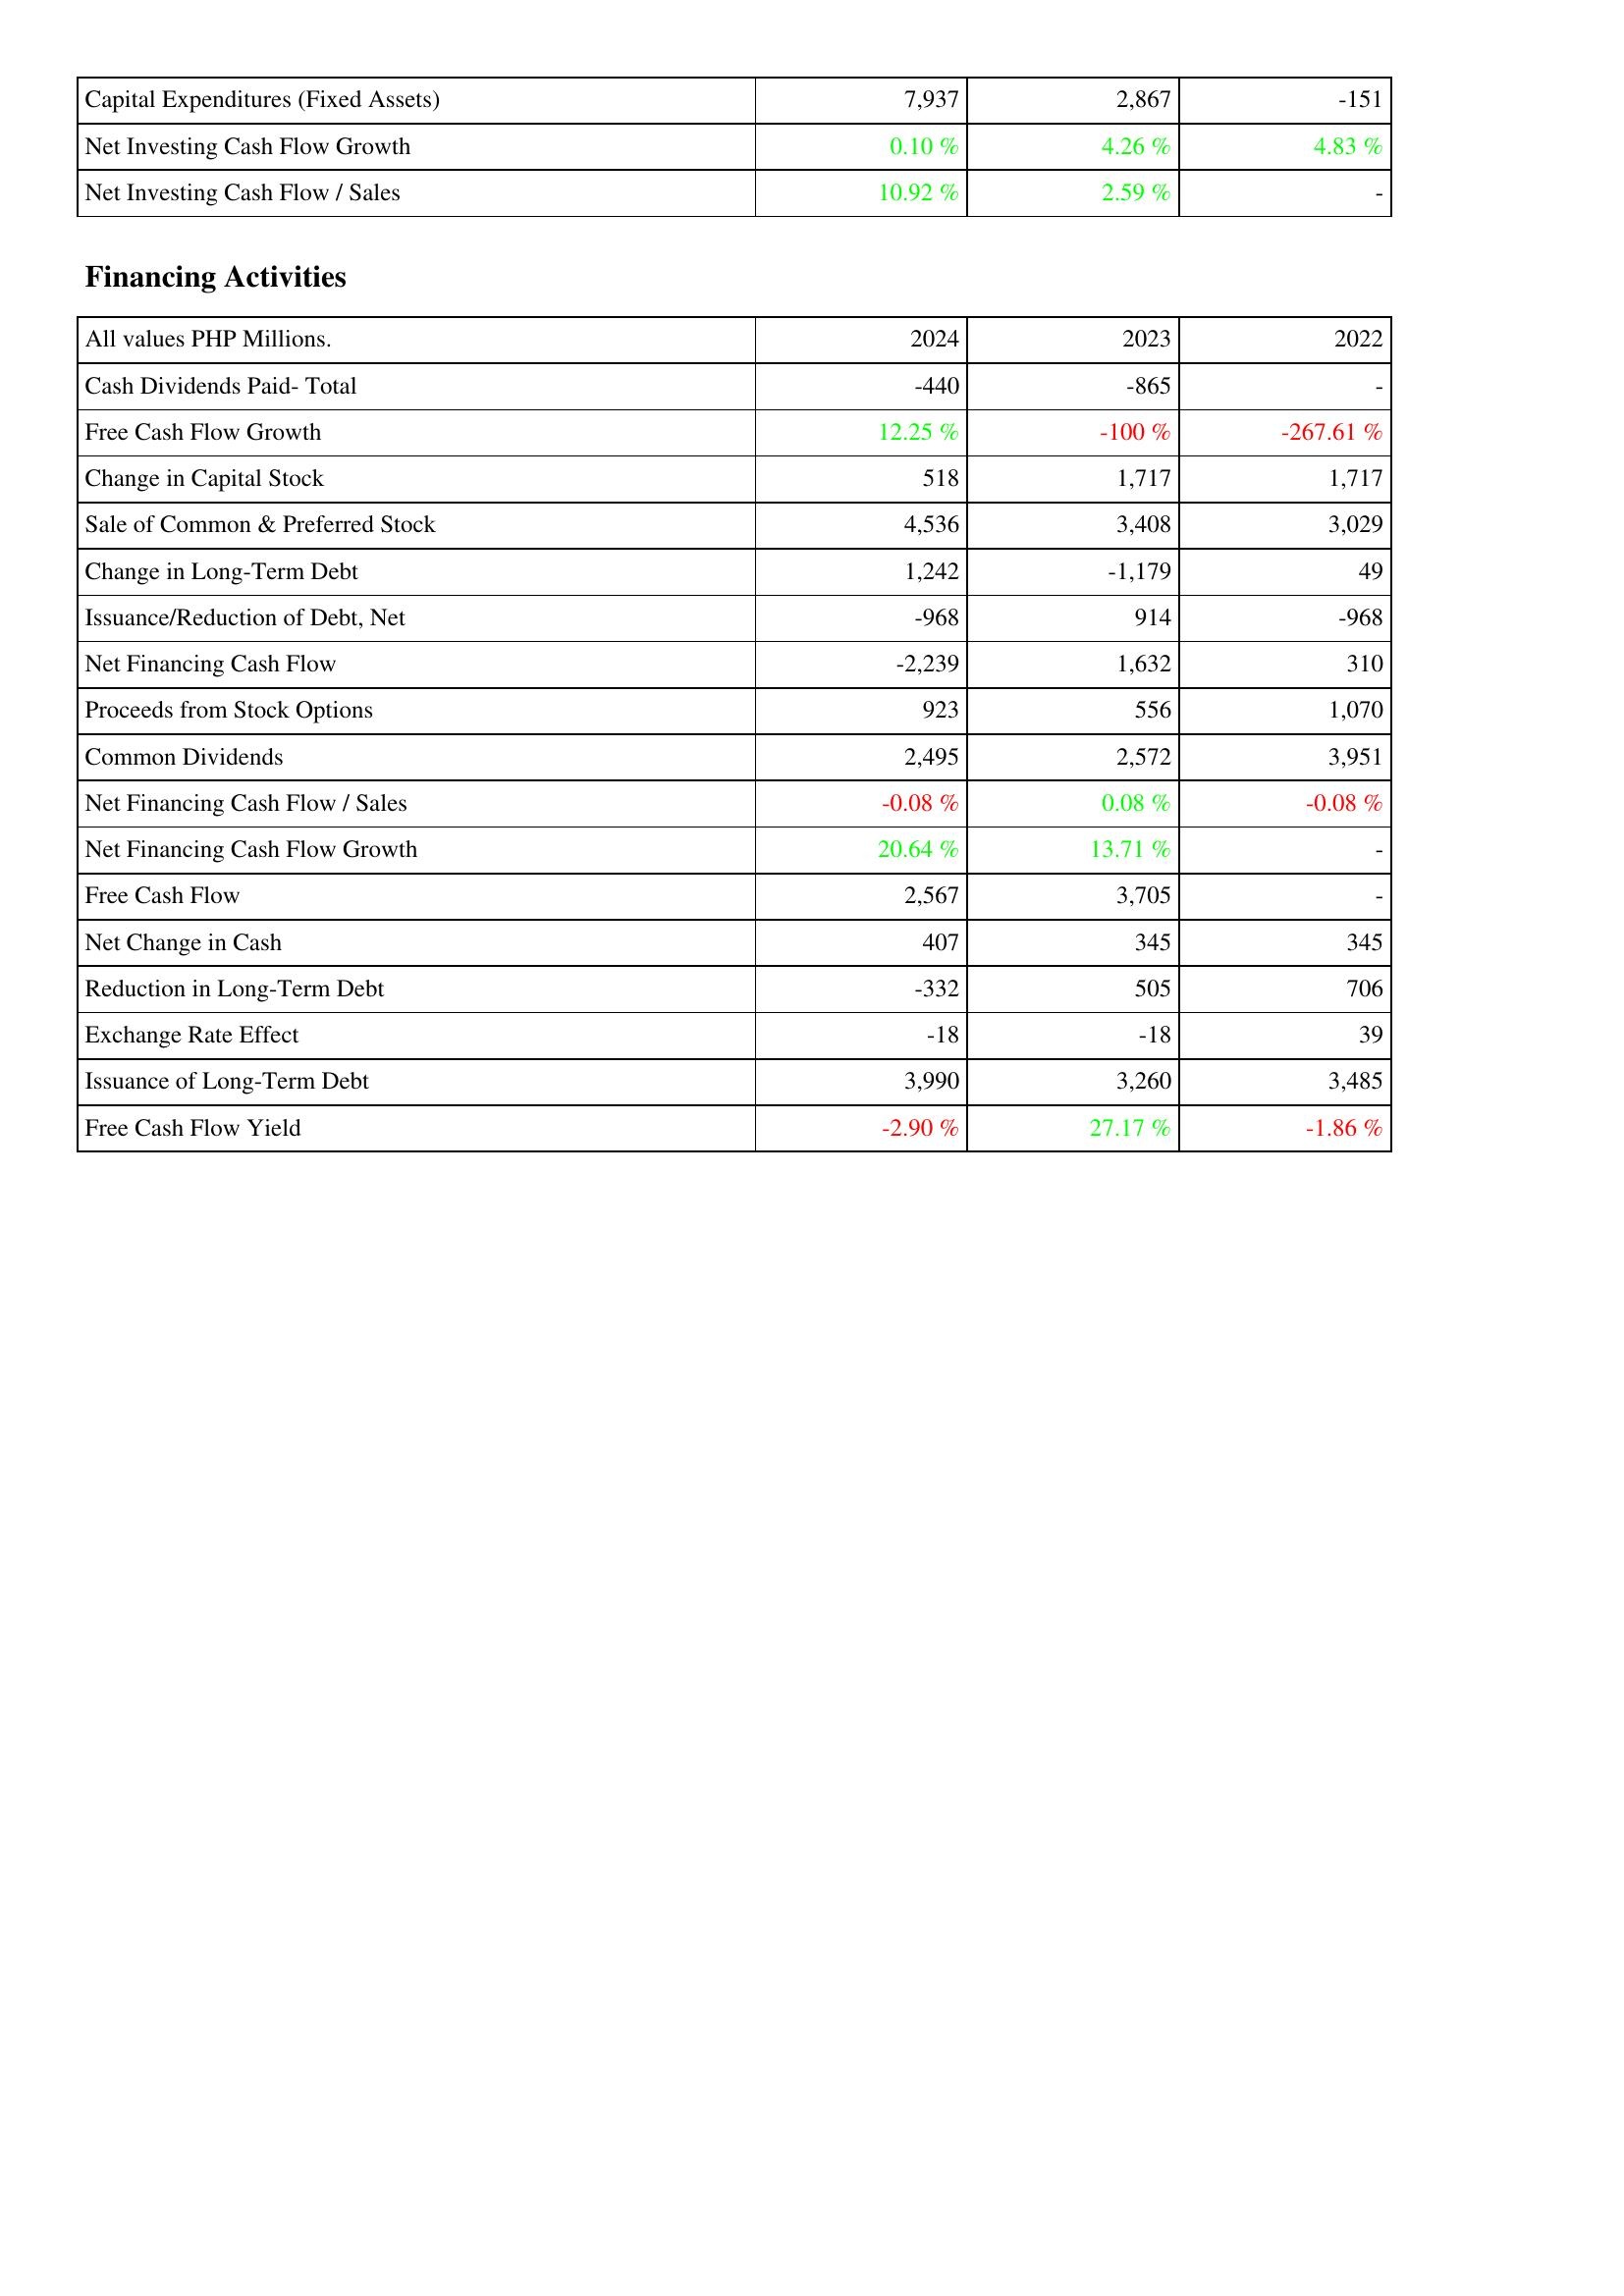
2024: Investing Activities: Capital Expenditures (Fixed Assets): 7,937
Net Investing Cash Flow Growth: 0.10 %
Net Investing Cash Flow / Sales: 10.92 %
Financing Activities: Cash Dividends Paid- Total: -440
Free Cash Flow Growth: 12.25 %
Change in Capital Stock: 518
Sale of Common & Preferred Stock: 4,536
Change in Long-Term Debt: 1,242
Issuance/Reduction of Debt, Net: -968
Net Financing Cash Flow: -2,239
Proceeds from Stock Options: 923
Common Dividends: 2,495
Net Financing Cash Flow / Sales: -0.08 %
Net Financing Cash Flow Growth: 20.64 %
Free Cash Flow: 2,567
Net Change in Cash: 407
Reduction in Long-Term Debt: -332
Exchange Rate Effect: -18
Issuance of Long-Term Debt: 3,990
Free Cash Flow Yield: -2.90 %
2023: Investing Activities: Capital Expenditures (Fixed Assets): 2,867
Net Investing Cash Flow Growth: 4.26 %
Net Investing Cash Flow / Sales: 2.59 %
Financing Activities: Cash Dividends Paid- Total: -865
Free Cash Flow Growth: -100 %
Change in Capital Stock: 1,717
Sale of Common & Preferred Stock: 3,408
Change in Long-Term Debt: -1,179
Issuance/Reduction of Debt, Net: 914
Net Financing Cash Flow: 1,632
Proceeds from Stock Options: 556
Common Dividends: 2,572
Net Financing Cash Flow / Sales: 0.08 %
Net Financing Cash Flow Growth: 13.71 %
Free Cash Flow: 3,705
Net Change in Cash: 345
Reduction in Long-Term Debt: 505
Exchange Rate Effect: -18
Issuance of Long-Term Debt: 3,260
Free Cash Flow Yield: 27.17 %
2022: Investing Activities: Capital Expenditures (Fixed Assets): -151
Net Investing Cash Flow Growth: 4.83 %
Net Investing Cash Flow / Sales: -
Financing Activities: Cash Dividends Paid- Total: -
Free Cash Flow Growth: -267.61 %
Change in Capital Stock: 1,717
Sale of Common & Preferred Stock: 3,029
Change in Long-Term Debt: 49
Issuance/Reduction of Debt, Net: -968
Net Financing Cash Flow: 310
Proceeds from Stock Options: 1,070
Common Dividends: 3,951
Net Financing Cash Flow / Sales: -0.08 %
Net Financing Cash Flow Growth: -
Free Cash Flow: -
Net Change in Cash: 345
Reduction in Long-Term Debt: 706
Exchange Rate Effect: 39
Issuance of Long-Term Debt: 3,485
Free Cash Flow Yield: -1.86 %